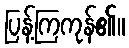
ပြန့်ကြကုန်၏။